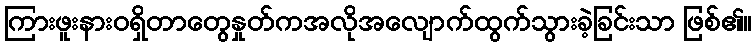
ကြားဖူးနားဝရှိတာတွေနှုတ်ကအလိုအလျောက်ထွက်သွားခဲ့ခြင်းသာ ဖြစ်၏။